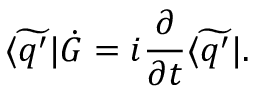
\widetilde { \langle q ^ { \prime } | } \dot { G } = i { \frac { \partial } { \partial t } } \widetilde { \langle q ^ { \prime } | } .